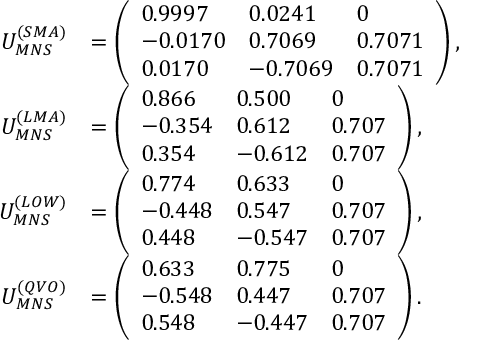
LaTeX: \begin{array} { r l } { { U _ { M N S } ^ { ( S M A ) } } } & { { = \left( \begin{array} { l l l } { { 0 . 9 9 9 7 } } & { { 0 . 0 2 4 1 } } & { { 0 } } \\ { { - 0 . 0 1 7 0 } } & { { 0 . 7 0 6 9 } } & { { 0 . 7 0 7 1 } } \\ { { 0 . 0 1 7 0 } } & { { - 0 . 7 0 6 9 } } & { { 0 . 7 0 7 1 } } \end{array} \right) , } } \\ { { U _ { M N S } ^ { ( L M A ) } } } & { { = \left( \begin{array} { l l l } { { 0 . 8 6 6 } } & { { 0 . 5 0 0 } } & { { 0 } } \\ { { - 0 . 3 5 4 } } & { { 0 . 6 1 2 } } & { { 0 . 7 0 7 } } \\ { { 0 . 3 5 4 } } & { { - 0 . 6 1 2 } } & { { 0 . 7 0 7 } } \end{array} \right) , } } \\ { { U _ { M N S } ^ { ( L O W ) } } } & { { = \left( \begin{array} { l l l } { { 0 . 7 7 4 } } & { { 0 . 6 3 3 } } & { { 0 } } \\ { { - 0 . 4 4 8 } } & { { 0 . 5 4 7 } } & { { 0 . 7 0 7 } } \\ { { 0 . 4 4 8 } } & { { - 0 . 5 4 7 } } & { { 0 . 7 0 7 } } \end{array} \right) , } } \\ { { U _ { M N S } ^ { ( Q V O ) } } } & { { = \left( \begin{array} { l l l } { { 0 . 6 3 3 } } & { { 0 . 7 7 5 } } & { { 0 } } \\ { { - 0 . 5 4 8 } } & { { 0 . 4 4 7 } } & { { 0 . 7 0 7 } } \\ { { 0 . 5 4 8 } } & { { - 0 . 4 4 7 } } & { { 0 . 7 0 7 } } \end{array} \right) . } } \end{array}